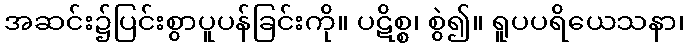
အဆင်း၌ပြင်းစွာပူပန်ခြင်းကို။ ပဋိစ္စ၊ စွဲ၍။ ရူပပရိယေသနာ၊